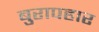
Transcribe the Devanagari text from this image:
बुरापहार